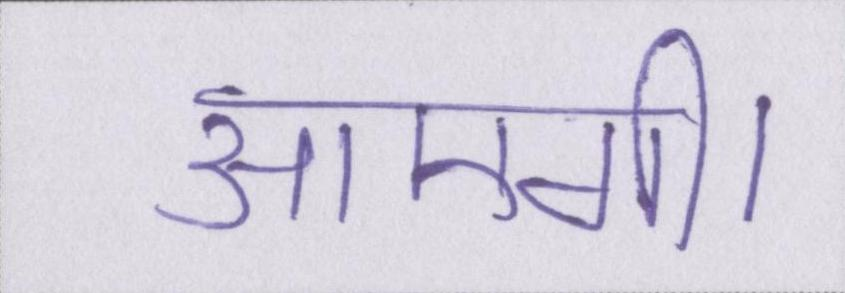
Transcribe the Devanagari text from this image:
आएगी।